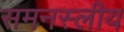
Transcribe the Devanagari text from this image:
समनस्लीय